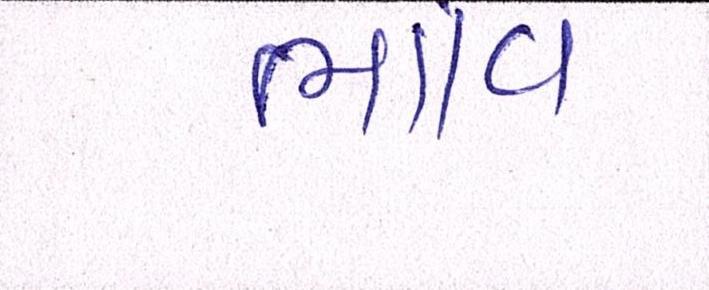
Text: ભાવિ